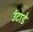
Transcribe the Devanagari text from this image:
उंटाडे